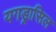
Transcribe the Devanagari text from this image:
यगड्रासिल